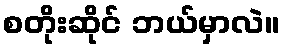
စတိုးဆိုင် ဘယ်မှာလဲ။